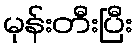
မုန်းတီးပြီး